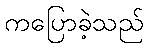
ကပြောခဲ့သည်